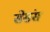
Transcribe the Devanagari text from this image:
सेसंस